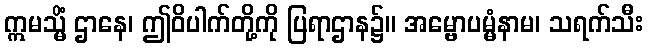
ဣမသ္မိံ ဌာနေ၊ ဤဝိပါက်တို့ကို ပြရာဌာန၌။ အမ္ဗောပမ္မံနာမ၊ သရက်သီး